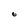
Character: o